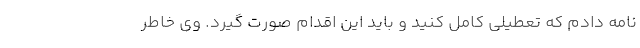
نامه دادم که تعطیلی کامل کنید و باید این اقدام صورت گیرد. وی خاطر